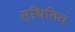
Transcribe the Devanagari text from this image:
स्थितिय